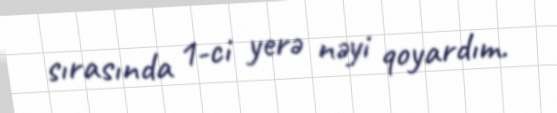
sırasında 1-ci yerə nəyi qoyardım.